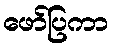
ဖော်ပြကာ